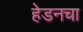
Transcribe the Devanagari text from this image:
हेडनचा